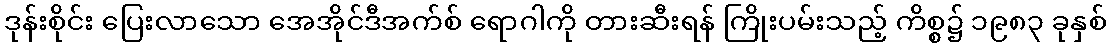
ဒုန်းစိုင်း ပြေးလာသော အေအိုင်ဒီအက်စ် ရောဂါကို တားဆီးရန် ကြိုးပမ်းသည့် ကိစ္စ၌ ၁၉၈၃ ခုနှစ်